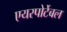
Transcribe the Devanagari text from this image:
एयरपोर्टेबल